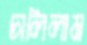
চালিলাম